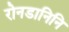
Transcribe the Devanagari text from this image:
रोनडानिनि